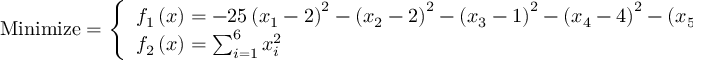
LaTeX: { \mathrm { M i n i m i z e } } = { \left\{ \begin{array} { l l } { f _ { 1 } \left( { \boldsymbol { x } } \right) = - 2 5 \left( x _ { 1 } - 2 \right) ^ { 2 } - \left( x _ { 2 } - 2 \right) ^ { 2 } - \left( x _ { 3 } - 1 \right) ^ { 2 } - \left( x _ { 4 } - 4 \right) ^ { 2 } - \left( x _ { 5 } - 1 \right) ^ { 2 } } \\ { f _ { 2 } \left( { \boldsymbol { x } } \right) = \sum _ { i = 1 } ^ { 6 } x _ { i } ^ { 2 } } \end{array} \right. }